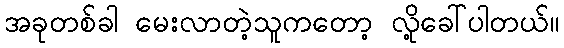
အခုတစ်ခါ မေးလာတဲ့သူကတော့ လို့ခေါ်ပါတယ်။